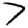
Digit: 7